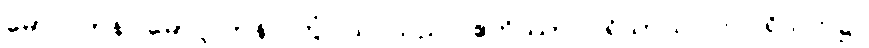
မောဂ္ဂလာန၊ မောဂ္ဂလာန်။ တွံ၊ သင်သည်။ ဧတိဿာ ပရိသာယ၊ ဤပရိသတ်၌။